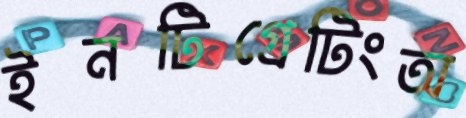
ইনটিগ্রেটিংঅ